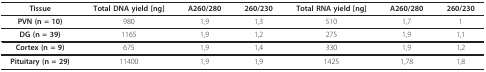
| Tissue | Total DNA yield [ng] | A260/280 | 260/230 | Total RNA yield [ng] | A260/280 | 260/230 |
 | --- | --- | --- | --- | --- | --- | --- |
 | PVN (n = 10) | 980 | 1,9 | 1,3 | 510 | 1,7 | 1 |
 | DG (n = 39) | 1165 | 1,9 | 1,2 | 275 | 1,9 | 1,1 |
 | Cortex (n = 9) | 675 | 1,9 | 1,4 | 330 | 1,9 | 1,2 |
 | Pituitary (n = 29) | 11400 | 1,9 | 1,9 | 1425 | 1,78 | 1,8 |